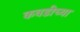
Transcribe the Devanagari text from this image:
कवडीच्या